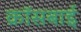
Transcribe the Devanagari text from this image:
क्रॉसबाई